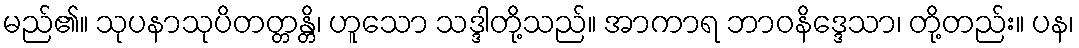
မည်၏။ သုပနာသုပိတတ္တန္တိ၊ ဟူသော သဒ္ဒါတို့သည်။ အာကာရ ဘာဝနိဒ္ဒေသာ၊ တို့တည်း။ ပန၊